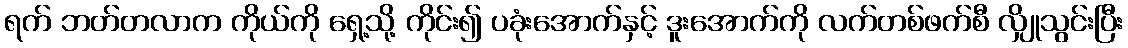
ရက် ဘတ်တလာက ကိုယ်ကို ရှေ့သို့ ကိုင်း၍ ပခုံးအောက်နှင့် ဒူးအောက်ကို လက်တစ်ဖက်စီ လျှိုသွင်းပြီး